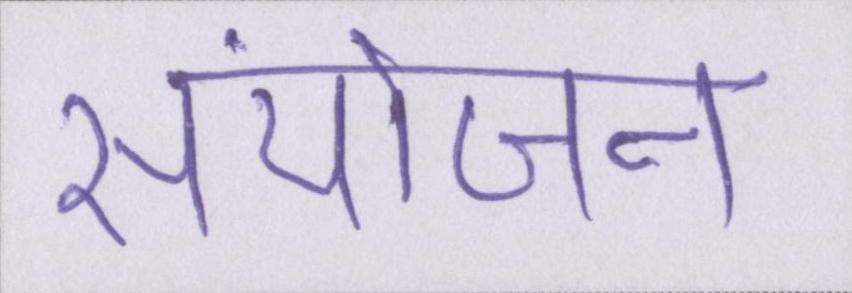
संयोजन